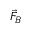
\vec { F } _ { B }